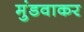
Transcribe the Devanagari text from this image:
मुंडवाकर